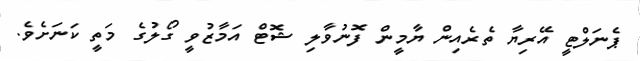
ޕެނަލްޓީ އޭރިޔާ ތެރެއިން ޔާމީން ފޮނުވާލި ޝޮޓް އަމާޒުވީ ގޯލުގެ މަތީ ކަނަށެވެ.